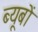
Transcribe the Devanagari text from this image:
ब्यूबों